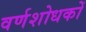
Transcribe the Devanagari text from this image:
वर्णशोधकों